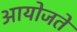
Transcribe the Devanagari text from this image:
आयोजते